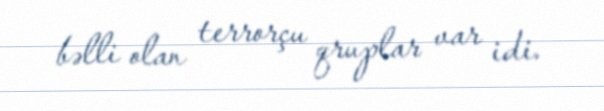
bəlli olan terrorçu qruplar var idi.